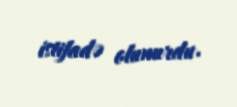
istifadə olunurdu.